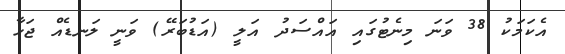
އެކަމަކު 38 ވަނަ މިނެޓުގައި އައްސަދު އަލީ (އަޑުބަރޭ) ވަނީ ލަނޑެއް ޖަހާ